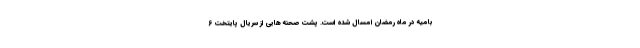
بامیه در ماه رمضان امسال شده است. پشت صحنه هایی از سریال پایتخت 6